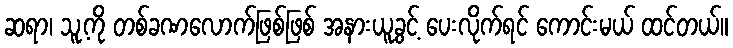
ဆရာ၊ သူ့ကို တစ်ခဏလောက်ဖြစ်ဖြစ် အနားယူခွင့် ပေးလိုက်ရင် ကောင်းမယ် ထင်တယ်။